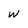
Character: w